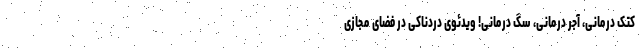
کتک ‌درمانی، آجر درمانی، سگ‌ درمانی! ویدئوی دردناکی در فضای مجازی